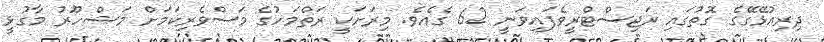
ދިރިއުޅޭގޭގެ ގޮތުގައި ރަޖިސްޓްރީވެފައިވަނީ 62 ގެއެވެ. މިރަށަކީ ރަތްމަހުގެ މަސްވެރިކަމަށް މަޝްހޫރު މާގުޅީ